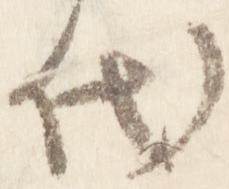
代